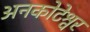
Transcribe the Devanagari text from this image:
अनकोटेश्वर